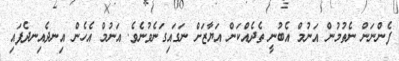
ފެންނަން ނެތުމުން އަނުމް އެބުނީ ތެދެއްކަން އަޔާޒަށް ނަގައިގަނެވުނެވެ. އަނުމް އެހެން އިނދެއިނދެފައި